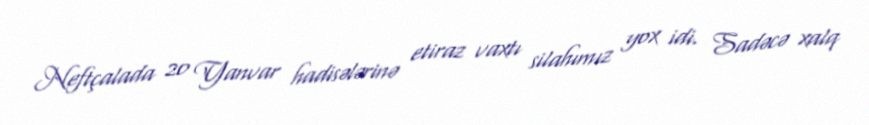
Neftçalada 20 Yanvar hadisələrinə etiraz vaxtı silahımız yox idi. Sadəcə xalq